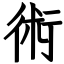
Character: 術